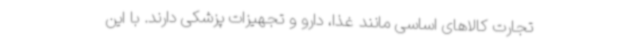
تجارت کالاهای اساسی مانند غذا، دارو و تجهیزات پزشکی دارند. با این